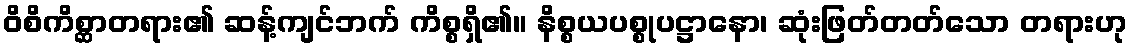
ဝိစိကိစ္ဆာတရား၏ ဆန့်ကျင်ဘက် ကိစ္စရှိ၏။ နိစ္စယပစ္စုပဋ္ဌာနော၊ ဆုံးဖြတ်တတ်သော တရားဟု